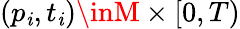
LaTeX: (p_{\mathit{i}},t_{\mathit{i}})\inM\times[0,T)